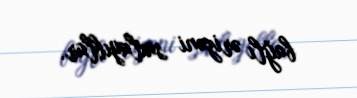
bağlı ərizəni saxlayıblar.